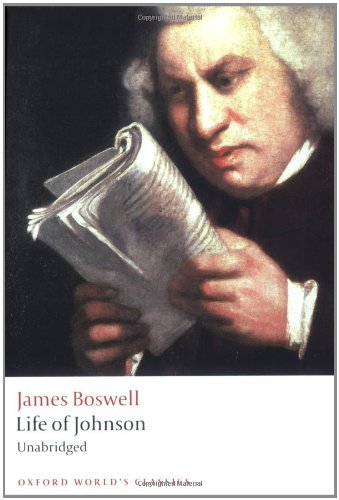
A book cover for Life of Johnson (Oxford World's Classics); James Boswell; Literature & Fiction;